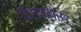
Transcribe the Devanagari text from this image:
पिट्सफोर्ड